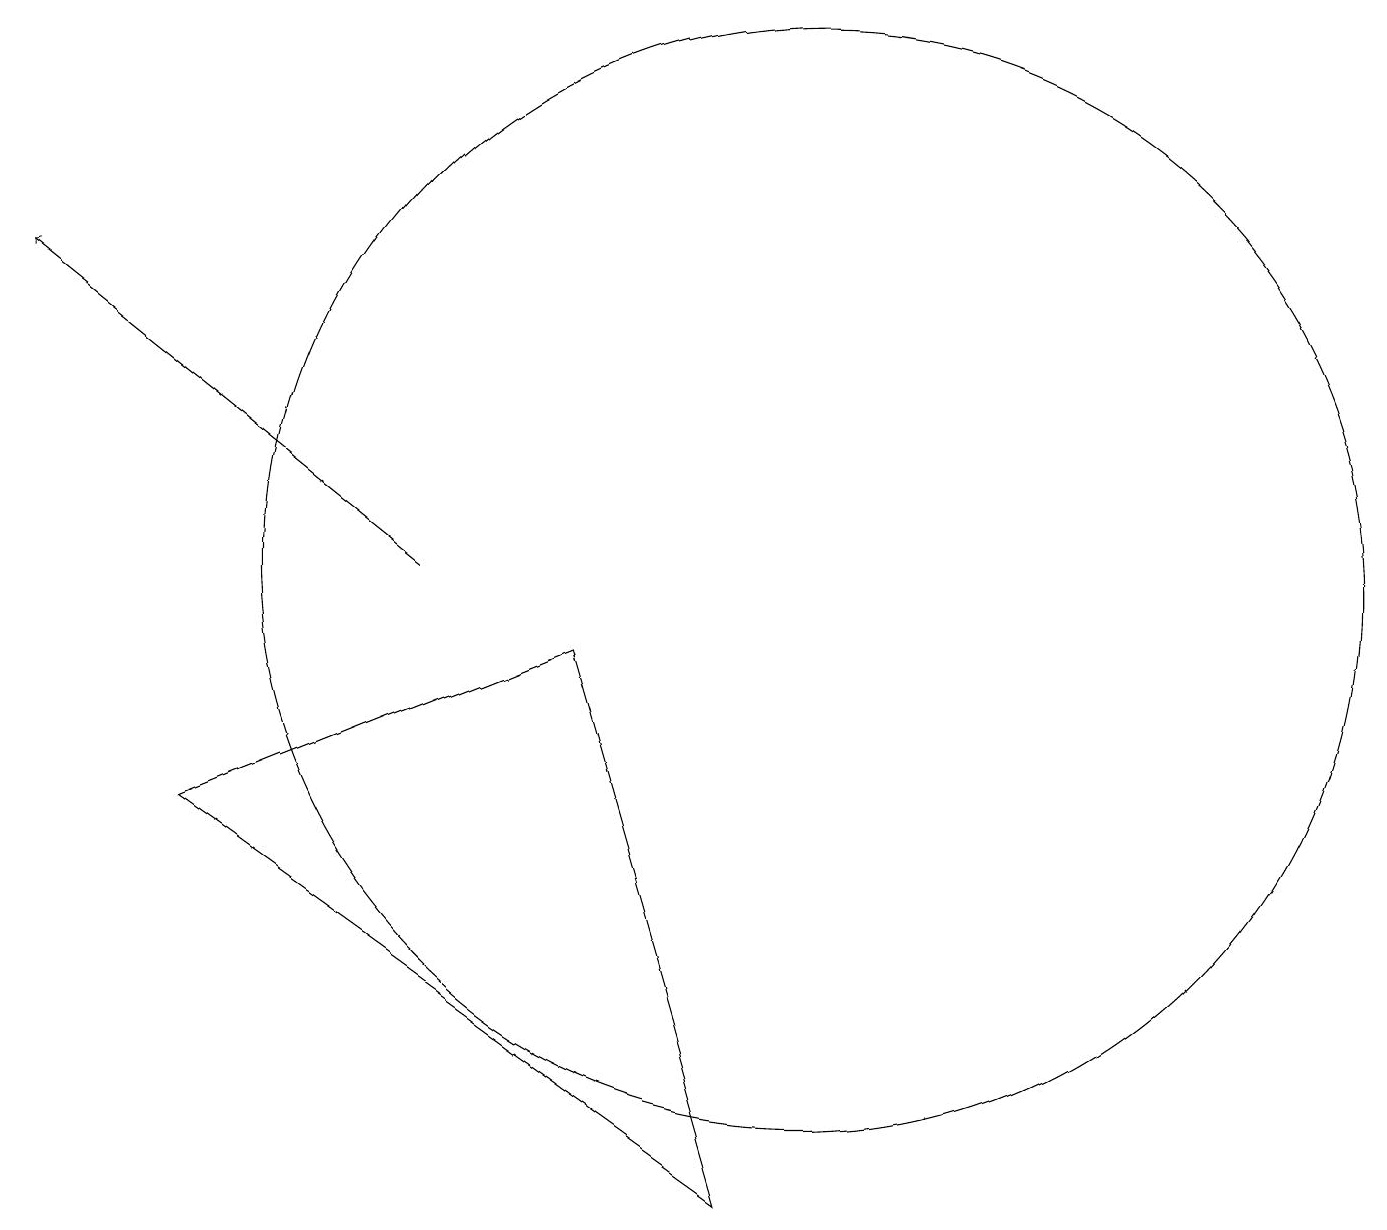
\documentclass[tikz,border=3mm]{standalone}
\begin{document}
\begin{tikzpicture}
\draw (7,9) -- (2,7) -- (9,2) -- cycle;
\draw[->] (5,10) -- (0,14);
\draw (10,10) circle (7);
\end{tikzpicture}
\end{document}